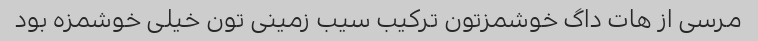
مرسی از هات داگ خوشمزتون ترکیب سیب زمینی تون خیلی خوشمزه بود